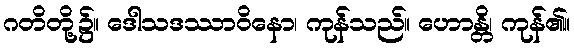
ဂတိတို့၌။ ဒေါသဒဿာဝိနော၊ ကုန်သည်။ ဟောန္တိ၊ ကုန်၏။